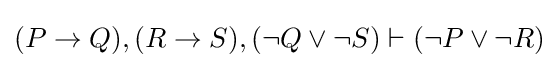
(P\to Q),(R\to S),(\neg Q\lor \neg S)\vdash (\neg P\lor \neg R)